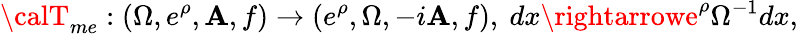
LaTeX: {\calT}_{me}:(\Omega,e^{\rho},\mathbf{A},f)\rightarrow(e^{\rho},\Omega,-i\mathbf{A},f),~dx\rightarrowe^{\rho}\Omega^{-1}dx,